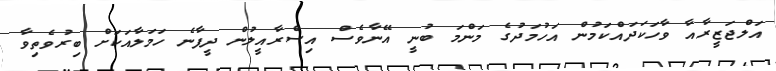
އަލްޖަޒީރާއާ ވާހަކަދައްކަމުން އަހުމަދުގެ މަންމަ ބުނީ އޭނާވެސް އިސްރާއީލުން ދީފާނެ ހަމަލާއަކަށް ބިރުވެތިވާ